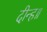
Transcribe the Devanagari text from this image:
दीन्ह॥